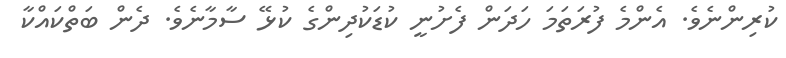
ކުރިންނެވެ. އެންމެ ފުރަތަމަ ހަދަން ފެށުނީ ކުޑަކުދިންގެ ކުޅޭ ސާމާނެވެ. ދެން ބަތްކައްކާ